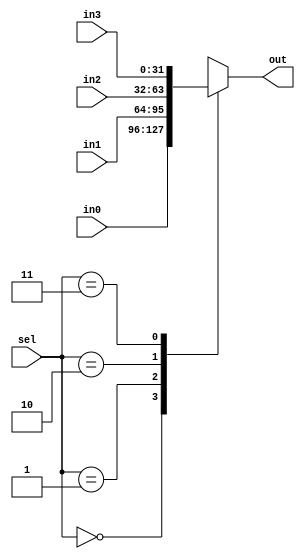
module mux_4_to_1 #(
    parameter N = 32
) (
    input   wire [1:0]      sel,
    input   wire [N-1: 0]   in0,
    input   wire [N-1: 0]   in1,
    input   wire [N-1: 0]   in2,
    input   wire [N-1: 0]   in3,
    output  reg  [N-1: 0 ]  out
);
    
    always @(*) begin
        case (sel)
            2'b00: out = in0; 
            2'b01: out = in1; 
            2'b10: out = in2; 
            2'b11: out = in3; 
        endcase
    end
endmodule